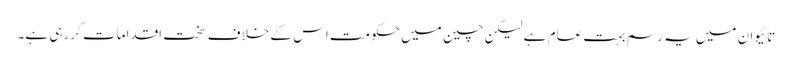
تائیوان میں یہ رسم بہت عام ہے لیکن چین میں حکومت اس کے خلاف سخت اقدامات کر رہی ہے۔